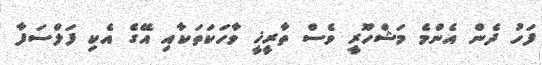
ފަހު ދެން އެންމެ މަޝްހޫރީ ވެސް ތާރީޚީ ވާހަކަތަކާއި އޭގެ އެކި ފަލްސަފާ